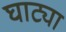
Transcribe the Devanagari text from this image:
घाट्या